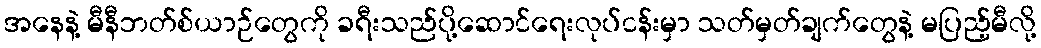
အနေနဲ့ မီနီဘတ်စ်ယာဉ်တွေကို ခရီးသည်ပို့ဆောင်ရေးလုပ်ငန်းမှာ သတ်မှတ်ချက်တွေနဲ့ မပြည့်မီလို့